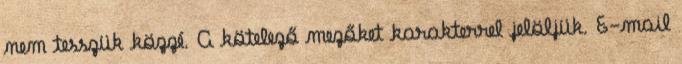
nem tesszük közzé. A kötelező mezőket karakterrel jelöljük. E-mail